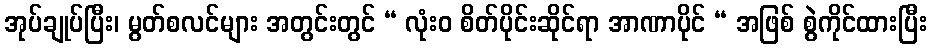
အုပ်ချုပ်ပြီး၊ မွတ်စလင်များ အတွင်းတွင် “ လုံးဝ စိတ်ပိုင်းဆိုင်ရာ အာဏာပိုင် “ အဖြစ် စွဲကိုင်ထားပြီး